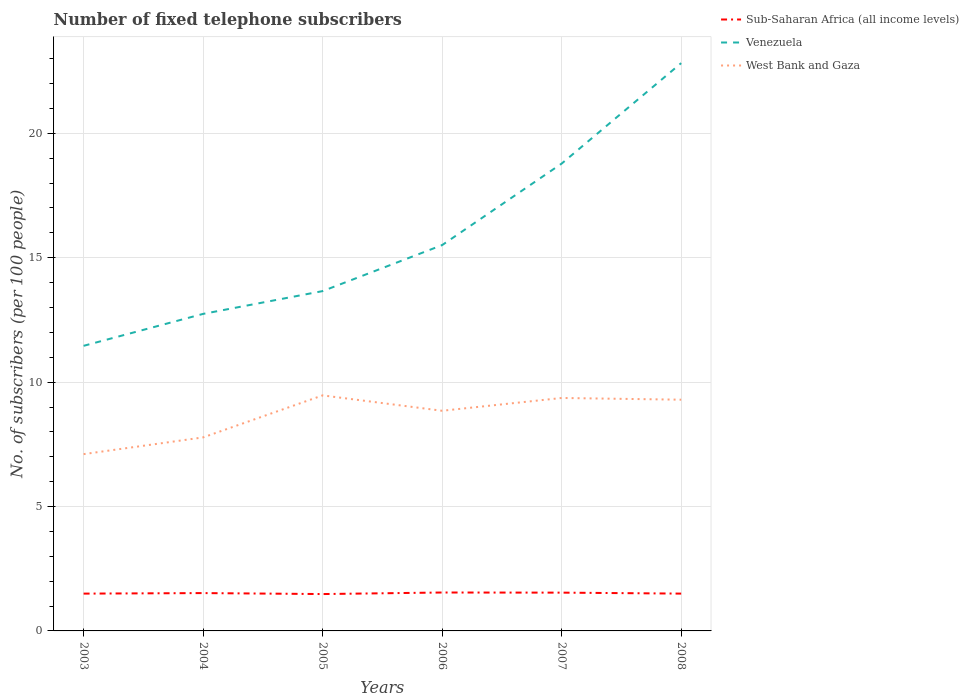
| Years | Sub-Saharan Africa (all income levels) | Venezuela | West Bank and Gaza |
 | --- | --- | --- | --- |
 | 2003 | 1.5 | 11.5 | 7.11 |
 | 2004 | 1.52 | 12.7 | 7.78 |
 | 2005 | 1.48 | 13.7 | 9.47 |
 | 2006 | 1.54 | 15.5 | 8.85 |
 | 2007 | 1.54 | 18.8 | 9.36 |
 | 2008 | 1.5 | 22.8 | 9.29 |